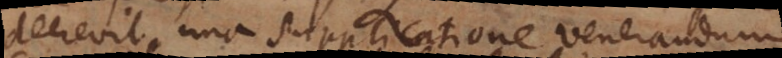
decrevit una supplicatione venerandum